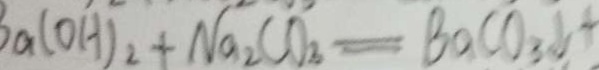
a ( O H ) _ { 2 } + N a _ { 2 } C O _ { 3 } = B a C O _ { 3 } \downarrow +